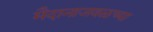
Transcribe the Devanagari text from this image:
मैदानाजवळच्या